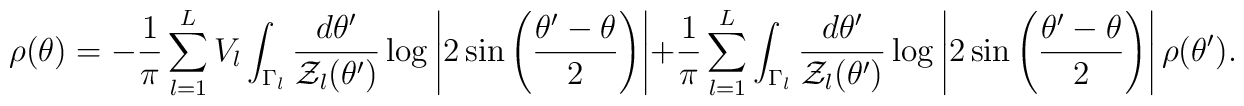
\rho (\theta )  =  -  {1\over \pi } \sum_{l=1}^L V_l\int_{\Gamma_l} {d \theta'  \over {\cal Z}_l (\theta') } \log \left | 2 \sin \left({\theta' - \theta \over 2}\right)\right |+ {1\over \pi } \sum_{l=1}^L  \int_{\Gamma_l} { d\theta'\over{\cal Z}_l (\theta') }\log \left | 2 \sin \left({\theta' - \theta \over 2}\right)\right | \rho (\theta ')  .